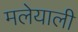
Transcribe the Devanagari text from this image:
मलेयाली